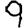
Digit: 9